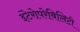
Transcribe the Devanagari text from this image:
इंटेरोपरेबिलिटी